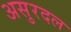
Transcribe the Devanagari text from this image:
असुरदल